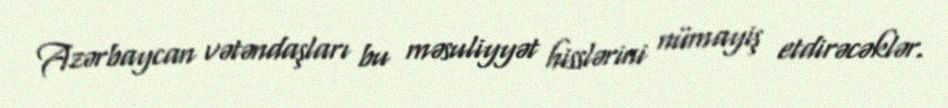
Azərbaycan vətəndaşları bu məsuliyyət hisslərini nümayiş etdirəcəklər.